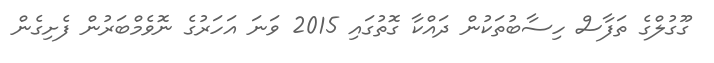
ގޫގުލްގެ ތަފާސް ހިސާބުތަކުން ދައްކާ ގޮތުގައި 2015 ވަނަ އަހަރުގެ ނޮވެމްބަރުން ފެށިގެން